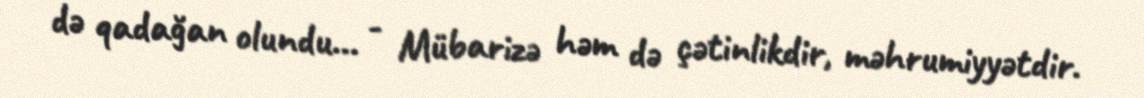
də qadağan olundu... - Mübarizə həm də çətinlikdir, məhrumiyyətdir.